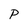
Character: P